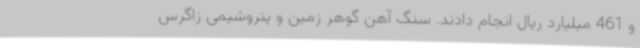
و 461 میلیارد ریال انجام دادند. سنگ آهن گوهر زمین و پتروشیمی زاگرس